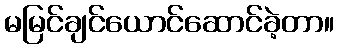
မမြင်ချင်ယောင်ဆောင်ခဲ့တာ။